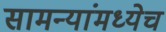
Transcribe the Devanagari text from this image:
सामन्यांमध्येच